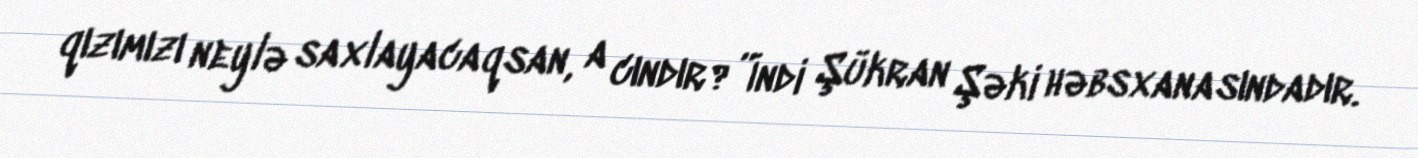
qızımızı neylə saxlayacaqsan, a cındır?”İndi Şükran Şəki həbsxanasındadır.